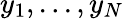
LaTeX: y_{1},...,y_{N}